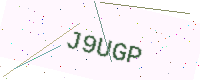
Text: J9UGP